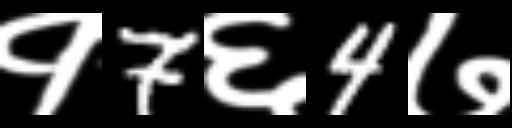
Text: १7६4७